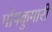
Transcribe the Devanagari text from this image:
गोपकुमारी